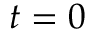
t = 0